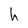
Character: h